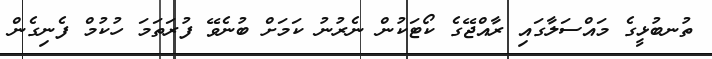
ތުނބުޅީގެ މައްސަލާގައި ރާއްޖޭގެ ކޯޓަކުން ނެރުނު ކަމަށް ބުނެވޭ ފުރަތަމަ ހުކުމް ފެނިގެން